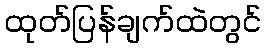
ထုတ်ပြန်ချက်ထဲတွင်